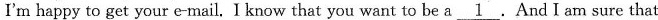
I'm happy to get your e-mail. I know that you want to be a \underline{1}.And I am sure that